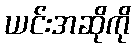
ယင်းအဆိုကို